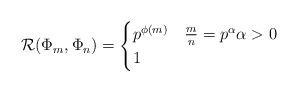
LaTeX: \begin{align*} \mathcal{R}(\Phi_m, \Phi_n) = \begin{cases} p^{\phi(m)} & \frac{m}{n} = p^{\alpha} \alpha > 0\\ 1 &\end{cases}\end{align*}